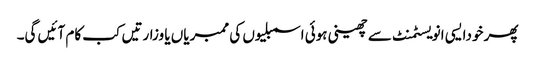
پھر خودایسی انویسٹمنٹ سے چھینی ہوئی اسمبلیوں کی ممبریاں یا وزارتیں کب کام آئیں گی۔